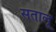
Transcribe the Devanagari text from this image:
सतालू